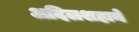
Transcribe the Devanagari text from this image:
अदिलशहाने